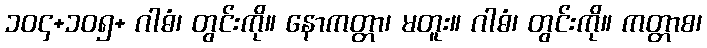
၁၀၄+၁၀၅+ ဂါဓံ၊ တွင်းကို။ နောကတ္တာ၊ မတူး။ ဂါဓံ၊ တွင်းကို။ ကတ္တာစ၊